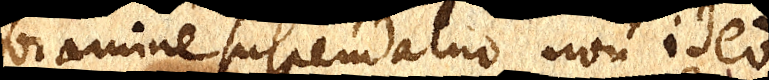
foramine suspendatur, non ideo